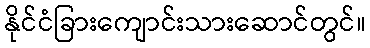
နိုင်ငံခြားကျောင်းသားဆောင်တွင်။